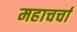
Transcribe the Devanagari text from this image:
महाचर्चा